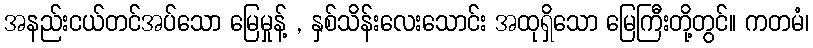
အနည်းငယ်တင်အပ်သော မြေမှုန့် , နှစ်သိန်းလေးသောင်း အထုရှိသော မြေကြီးတို့တွင်။ ကတမံ၊